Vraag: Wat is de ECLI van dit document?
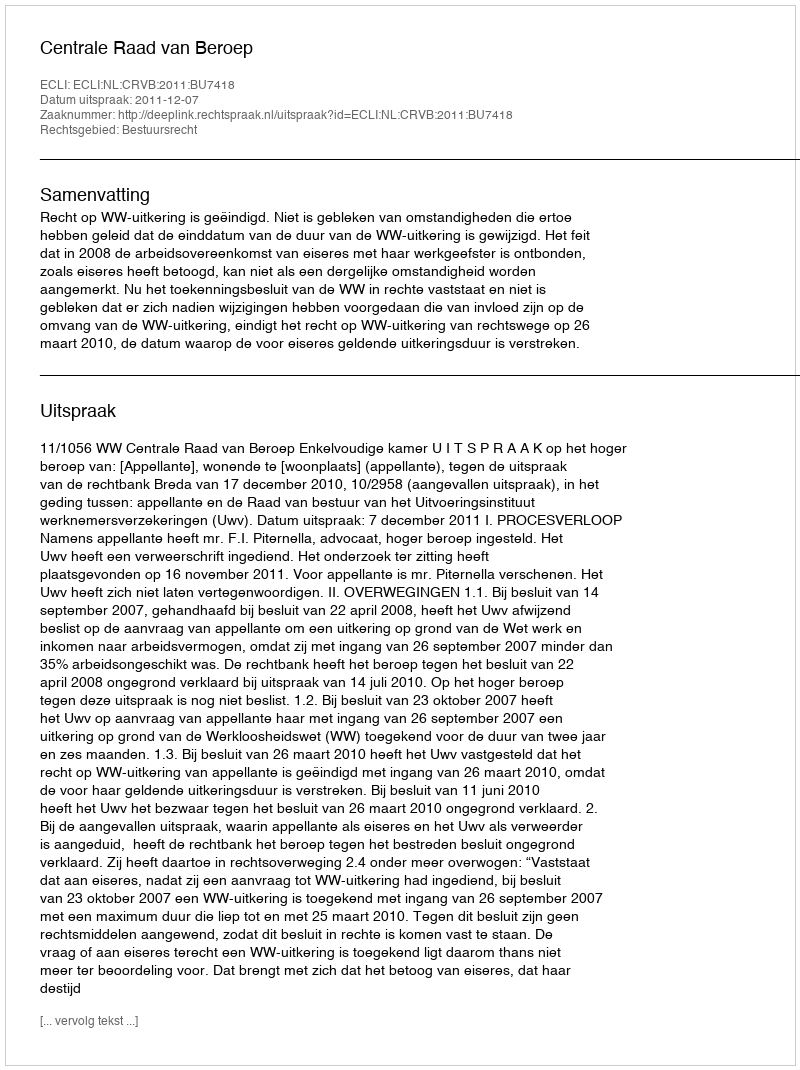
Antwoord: ECLI:NL:CRVB:2011:BU7418